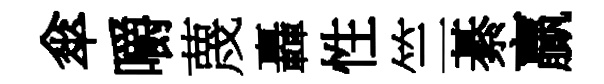
傘嚼蔑轟性竺綦贏